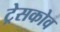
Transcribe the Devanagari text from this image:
ट्रेसकोव